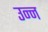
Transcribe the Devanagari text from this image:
उन्न